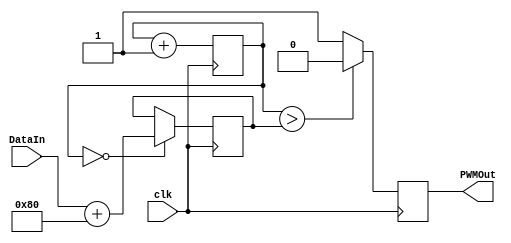
module PWM
(input clk,
input wire [7:0] DataIn,
output reg PWMOut
);

reg [7:0] counter;
reg [7:0] SimIn;
reg [7:0] DataInNoSign;
/*

always @(posedge clk)
	begin
		if (counter == 255)
			SimIn <= SimIn +1;
		else
			SimIn <= SimIn;
	end;

*/

always @(posedge clk)
	begin
		counter <= counter + 1'b 1;
		if (counter == 0) 
			DataInNoSign <= DataIn +  8'd 128;
		else
			DataInNoSign <= DataInNoSign;
			
		if (counter > (DataInNoSign))  //DataIn is signed
			PWMOut <= 1'b 0;
		else
			PWMOut <= 1'b 1;
	end
	
endmodule